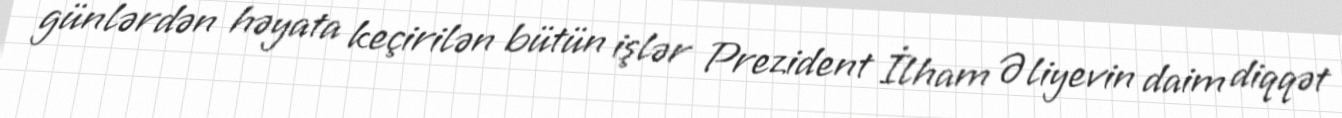
günlərdən həyata keçirilən bütün işlər Prezident İlham Əliyevin daim diqqət